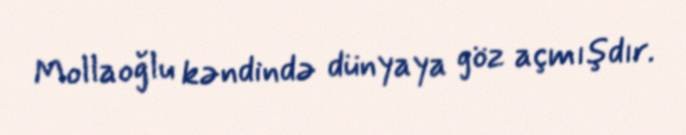
Mollaoğlu kəndində dünyaya göz açmışdır.